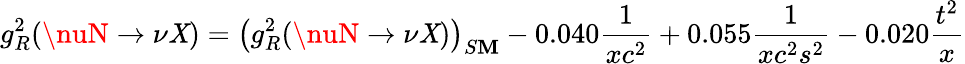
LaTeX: g_{R}^{2}(\nuN\rightarrow\nu\mathit{X})=\left(g_{R}^{2}(\nuN\rightarrow\nu\mathit{X})\right)_{S\mathbf{M}}-0.040{\frac{{1}}{{xc^{2}}}}+0.055{\frac{{1}}{{xc^{2}s^{2}}}}-0.020{\frac{{t^{2}}}{{x}}}